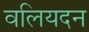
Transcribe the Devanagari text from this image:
वलियदन